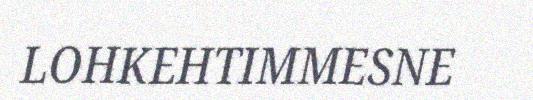
LOHKEHTIMMESNE